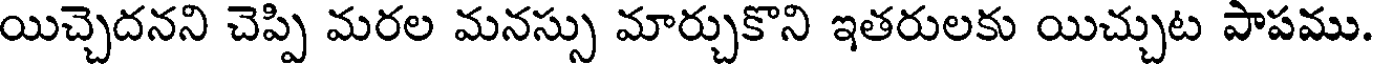
యిచ్చెదనని చెప్పి మరల మనస్సు మార్చుకొని ఇతరులకు యిచ్చుట పాపము.